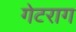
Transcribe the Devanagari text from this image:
गेटराग